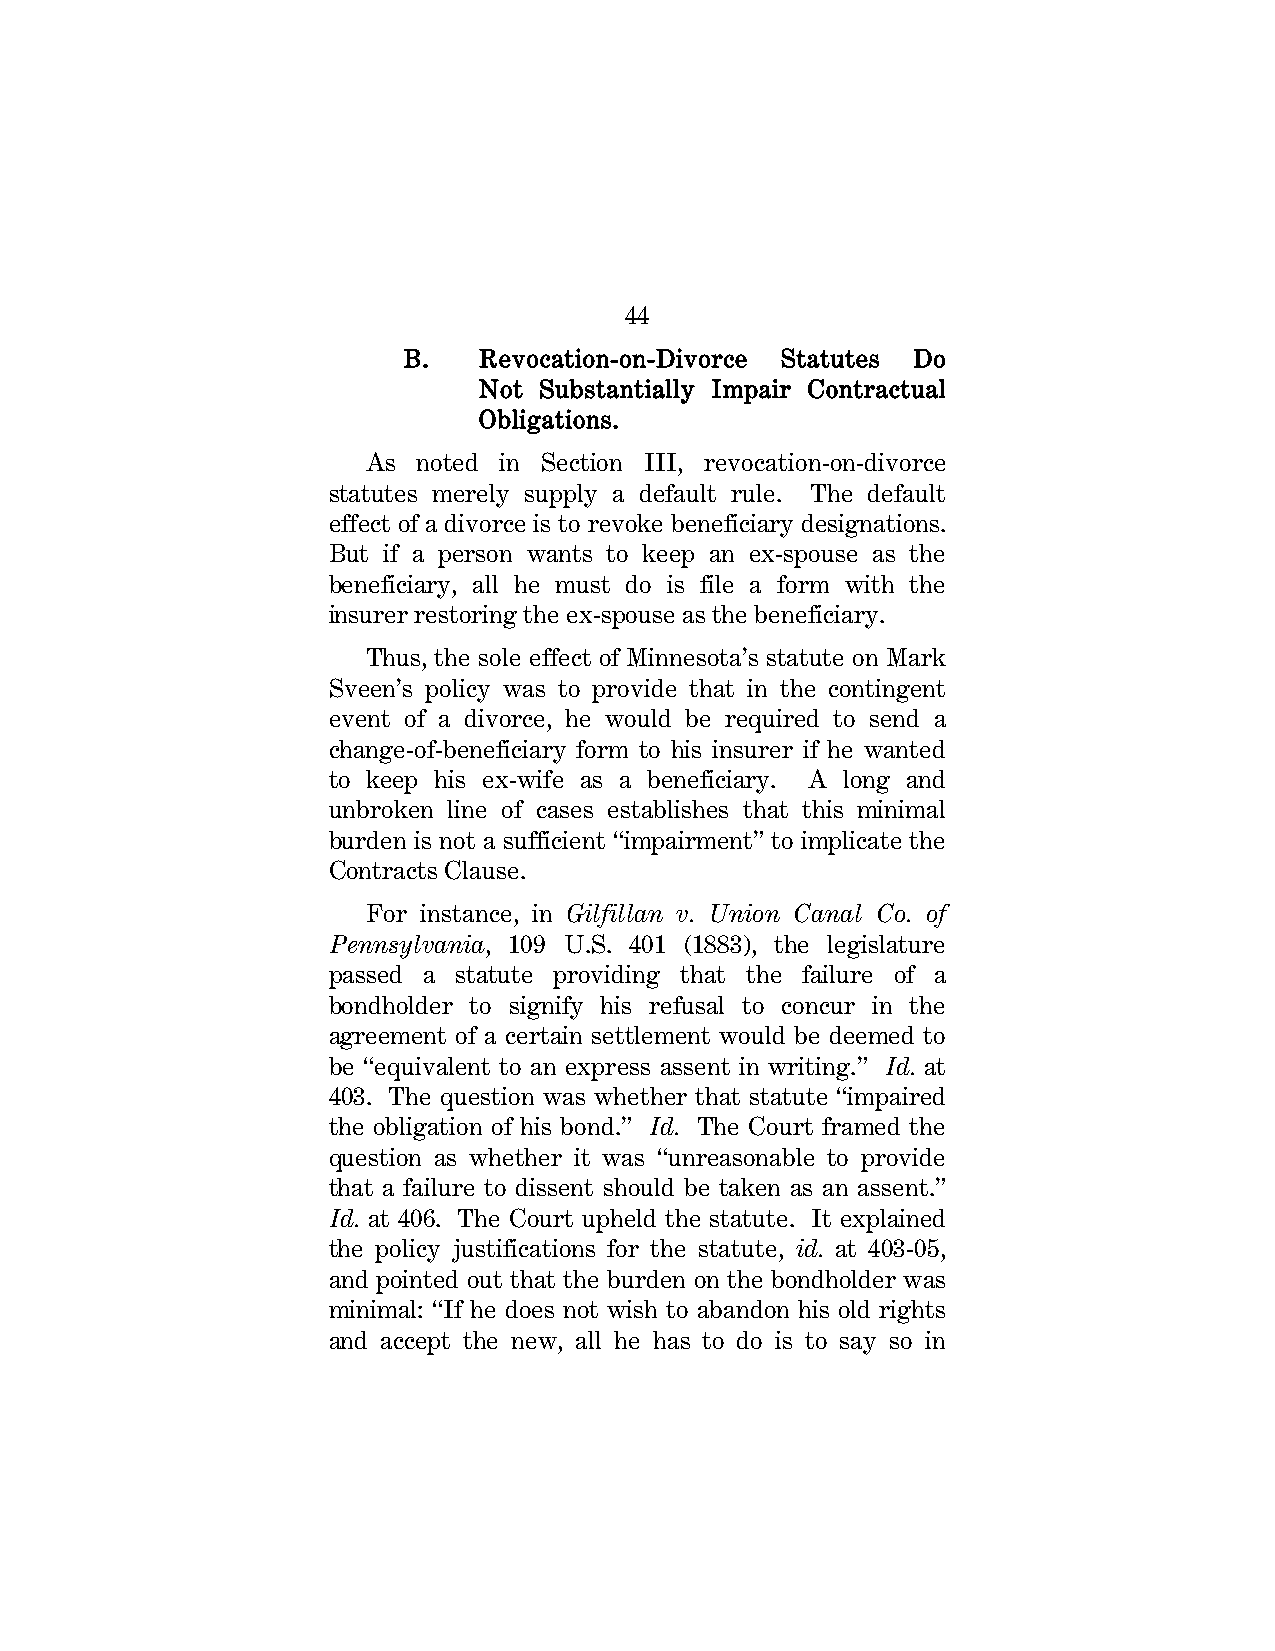
44
 B.   Revocation-on-Divorce Statutes Do
 Not Substantially Impair Contractual
 Obligations.
 As  noted in Section III, revocation-on-divorce
 statutes merely supply a default rule. The default
 effect of a divorce is to revoke beneficiary designations.
 But if a person wants to keep an ex-spouse as the
 beneficiary, all he must do is file a form with the
 insurer restoring the ex-spouse as the beneficiary.
 Thus, the sole effect of Minnesota’s statute on Mark
 Sveen’s policy was to provide that in the contingent
 event of a divorce, he would be required to send a
 change-of-beneficiary form to his insurer if he wanted
 to keep his ex-wife as a beneficiary. A long and
 unbroken line of cases establishes that this minimal
 burden is not a sufficient “impairment” to implicate the
 Contracts Clause.
 For instance, in Gilfillan v. Union Canal Co. of
 Pennsylvania, 109 U.S. 401 (1883), the legislature
 passed a statute providing that the failure of a
 bondholder to signify his refusal to concur in the
 agreement of a certain settlement would be deemed to
 be “equivalent to an express assent in writing.” Id. at
 403. The question was whether that statute “impaired
 the obligation of his bond.” Id. The Court framed the
 question as whether it was “unreasonable to provide
 that a failure to dissent should be taken as an assent.”
 Id. at 406. The Court upheld the statute. It explained
 the policy justifications for the statute, id. at 403-05,
 and pointed out that the burden on the bondholder was
 minimal: “If he does not wish to abandon his old rights
 and accept the new, all he has to do is to say so in